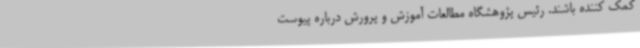
کمک کننده باشند. رئیس پژوهشگاه مطالعات آموزش و پرورش درباره پیوست